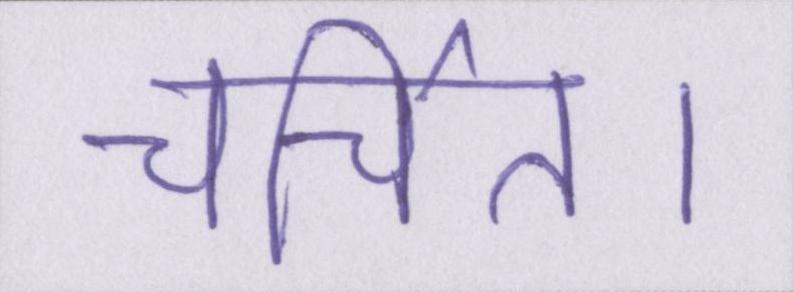
चर्चित।